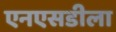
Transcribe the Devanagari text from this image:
एनएसडीला